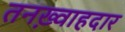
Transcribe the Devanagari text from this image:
तनख़्वाहदार